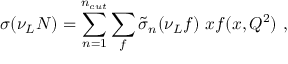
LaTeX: \sigma ( \nu _ { L } N ) = \sum _ { n = 1 } ^ { n _ { c u t } } \sum _ { f } \tilde { \sigma } _ { n } ( \nu _ { L } f ) \ x f ( x , Q ^ { 2 } ) \ ,